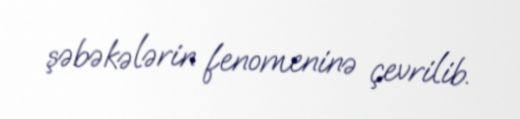
şəbəkələrin fenomeninə çevrilib.